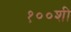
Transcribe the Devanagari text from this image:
१००शी